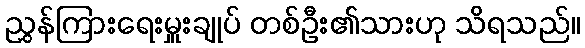
ညွှန်ကြားရေးမှူးချုပ် တစ်ဦး၏သားဟု သိရသည်။